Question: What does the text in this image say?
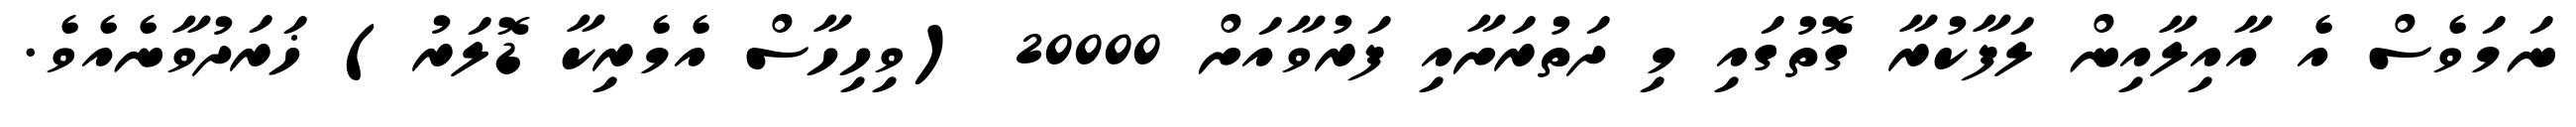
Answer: ނަމަވެސް އެ އާއިލާއިން ލަފާކުރާ ގޮތުގައި މި ދަތުރަށާއި ފަރުވާއަށް 20000 (ވިހިހާސް އެމެރިކާ ޑޮލަރު) ޚަރަދުވާނެއެވެ.